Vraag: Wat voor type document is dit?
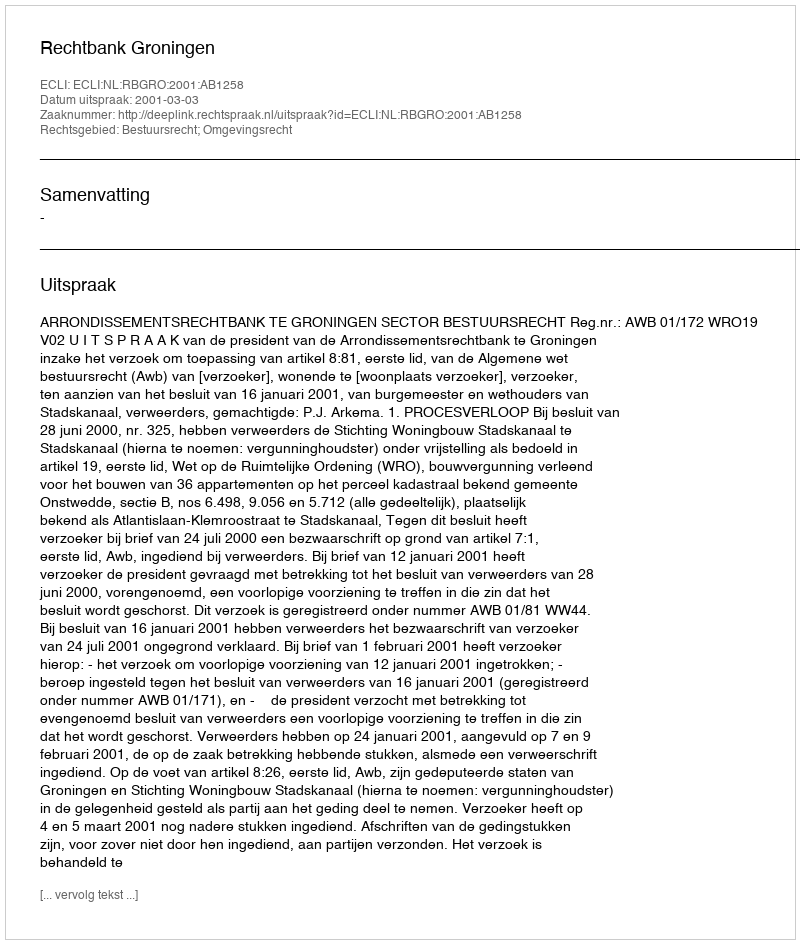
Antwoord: Uitspraak